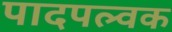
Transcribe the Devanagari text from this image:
पादपल्वक